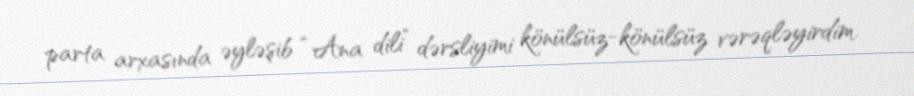
parta arxasında əyləşib “Ana dili” dərsliyimi könülsüz-könülsüz vərəqləyirdim.